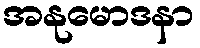
အနုမောဒနာ